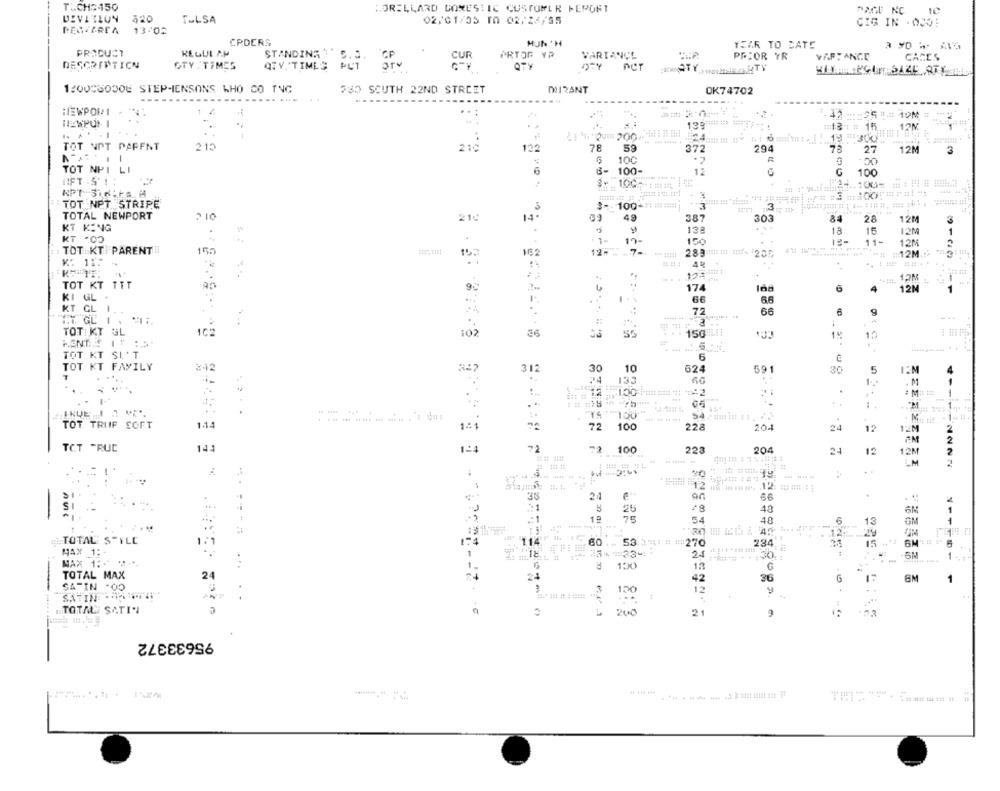
T .. CH:150
HORILLARD DOMESTIC CUSTOMER FERONT
PAGE NC
DEVITLON
320
TULSA
02/01/55 10 02/26/95
CIG IN . 000:
PEGIAREA 13:02
CPDERS
HUN 'H
YEAR TO DATE
PRACUCT
REGUL AP
STANDING C.S. CP
CUR
PRYOR YA
VARIANCE
PRIOR YR
VAR: ANCE
5.3. CP
CARES
DESCRIPTION
GTY . TIMES
QTY TIMEG PUT
PUT
orv
QTY
ACT
120033030E STEPHENSONS WHO CO TNG
730 SCUTH 22ND STREET
DURANT
OK74702
---.
NEWPOR1
..:
00 111: (
..
13 .==== ==
13: # 15
.12M
. 1
TOT NOT PAPFNT
215
210
132
78
372
294
78
27
12M
3
6
100
TOT NPI LI
6
100-
12
G
100
HIFT .S' 1:
TOT NPT STRIPE
3
: 100 -: : ####;
TOTAL NEWPORT
2.16
14 .
49
387
303
28
12M
KT KING
138
13
15
12M
.
KT .0
19-
150
12-
.......
11-
12M
TOT KT PARENT
155
15.
162
12M
TOT KT TTT
174
6
4
12M
KI GL .
66
KT CL 1.
72
66
6
g
...
GC 1 .
TOT KT GL
162
102
33
150
1 5
10
TOT KT SI'T
6
TOT KT FAMILY
$12
312
30
10
624
59
30
5
12M
133
1 ..
M
1.
1.
TOT TRUIF SOFT
144
141
72 100
228
204
24
12
2
FM
2
TCT -RUC
144
124
100
223
204
24
12M
!
--
..
12 18 H
38
an
.
SI
-
25
48
6N
-: 1
19
75
54
5
13
GM
1
114" 1 1
12
29
TOTAL STYLE
1:1
GO ... 53. 14: # # :270
234
15
MAX 1:+
2.4 :
SM
MAX 1 :-
-
...
150
12
TOTAL MAX
24
24
42
36
G
6M
1
SATIN .00
3
150
12
..
TOTAL SATIN
200
21
9
95633372